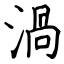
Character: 渦